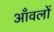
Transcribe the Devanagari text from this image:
आँवलों